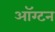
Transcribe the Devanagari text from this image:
ऑग्टन